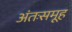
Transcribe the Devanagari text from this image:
अंतःसमूह